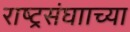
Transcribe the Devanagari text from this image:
राष्ट्रसंघााच्या